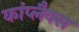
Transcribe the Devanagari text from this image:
कांप्लैक्स